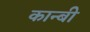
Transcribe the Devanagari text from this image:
कान्बी